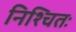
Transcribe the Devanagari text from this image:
निश्चितः